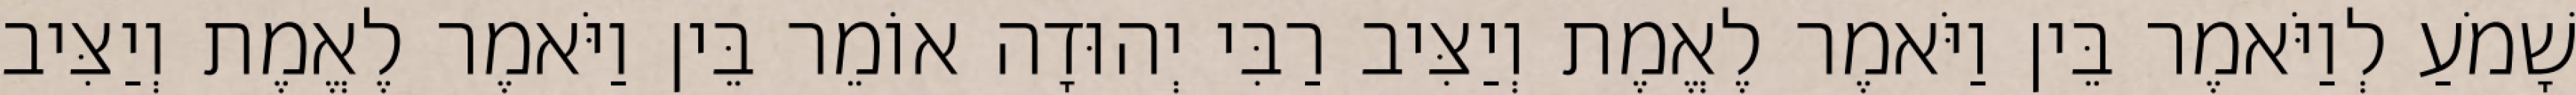
שָׁמֹעַ לְוַיֹּאמֶר בֵּין וַיֹּאמֶר לֶאֱמֶת וְיַצִּיב רַבִּי יְהוּדָה אוֹמֵר בֵּין וַיֹּאמֶר לֶאֱמֶת וְיַצִּיב